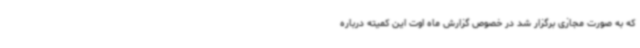
که به صورت مجازی برگزار شد در خصوص گزارش ماه اوت این کمیته درباره